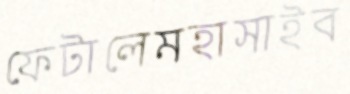
ফেটালেমহাসাইব